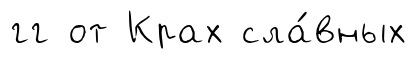
гг от Крах сла́вных